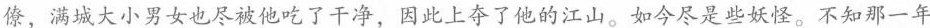
僚，满城大小男女也尽被他吃了干净，因此上夺了他的江山。如今尽是些妖怪。不知那一年